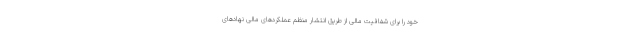
خود را برای شفافیت مالی از طریق انتشار منظم عملکردهای مالی نهادهای